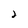
Character: 2